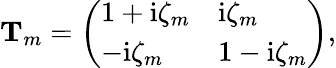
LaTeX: \mathbf{T}_{m}=\left(\begin{array}{ll}{1+\mathrm{i}\zeta_{m}}&{\mathrm{i}\zeta_{m}}\\ {-\mathrm{i}\zeta_{m}}&{1-\mathrm{i}\zeta_{m}}\end{array}\right),